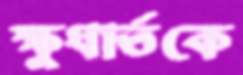
ক্ষুধার্তকে